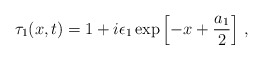
\begin{align*}\tau_{1}(x,t)=1 + i\epsilon_{1}\exp\left[ -x+\frac{a_{1}}{2}\right]\,,\end{align*}